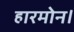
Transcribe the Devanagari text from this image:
हारमोन।